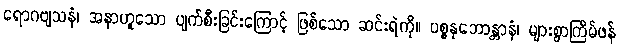
ရောဂဗျသနံ၊ အနာဟူသော ပျက်စီးခြင်းကြောင့် ဖြစ်သော ဆင်းရဲကို။ ပစ္စနုဘောန္တာနံ၊ များစွာကြိမ်ဖန်